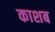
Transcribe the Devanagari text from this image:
काशब